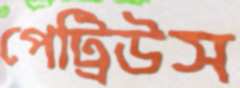
পেট্রিউস